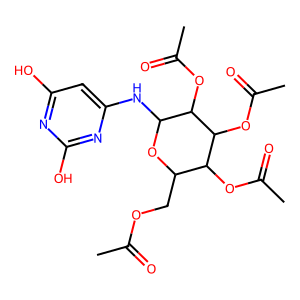
SMILES: CC(=O)OCC1OC(Nc2cc(O)nc(O)n2)C(OC(C)=O)C(OC(C)=O)C1OC(C)=O
Inhibits HIV replication: No